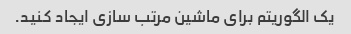
یک الگوریتم برای ماشین مرتب سازی ایجاد کنید.